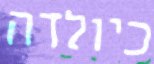
כיולדה